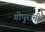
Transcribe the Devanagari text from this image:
गोपुरांनी